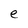
Character: e